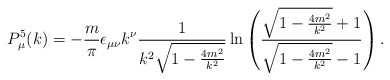
\begin{align*}P_{\mu}^5(k)= -\frac{m}{\pi}\epsilon_{\mu\nu}k^{\nu}\frac{1}{k^2\sqrt{1-\frac{4m^2}{k^2}}}\ln \left( \frac{\sqrt{1-\frac{4m^2}{k^2}}+1}{\sqrt{1-\frac{4m^2}{k^2}}-1}\right) .\end{align*}